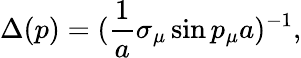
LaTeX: \Delta(p)=(\frac{1}{a}\sigma_{\mu}\sin p_{\mu}a)^{-1},